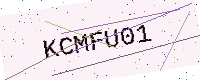
Text: KCMFU01